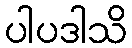
ပါပဒါသိ